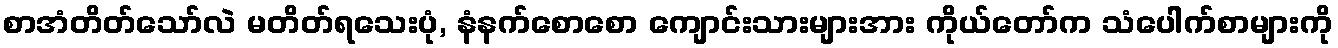
စာအံတိတ်သော်လဲ မတိတ်ရသေးပုံ, နံနက်စောစော ကျောင်းသားများအား ကိုယ်တော်က သံပေါက်စာများကို